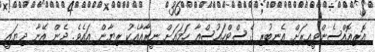
އޮރިއޮއްސެންވީއިރަށް އެނބުރި ގެސްޓްހައުސްއާ ހަމައަށް ނީރާއާއެކު ރިޔާން އައެވެ. ދެން އޭނާ ދިޔައީ